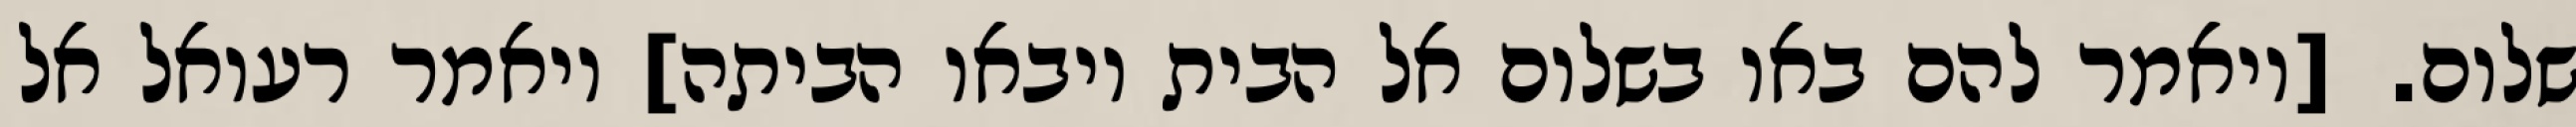
שלום. [ויאמר להם באו בשלום אל הבית ויבאו הביתה] ויאמר רעואל אל